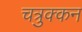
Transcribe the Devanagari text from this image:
चत्रुक्कन